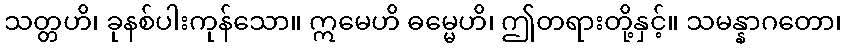
သတ္တဟိ၊ ခုနစ်ပါးကုန်သော။ ဣမေဟိ ဓမ္မေဟိ၊ ဤတရားတို့နှင့်။ သမန္နာဂတော၊